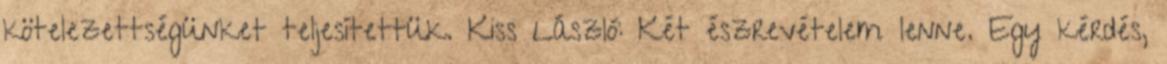
kötelezettségünket teljesítettük. Kiss László: Két észrevételem lenne. Egy kérdés,